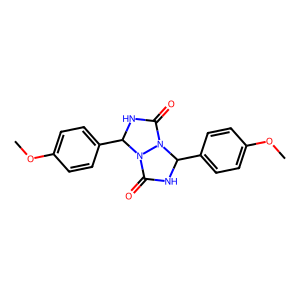
SMILES: COc1ccc(C2NC(=O)N3C(c4ccc(OC)cc4)NC(=O)N23)cc1
Inhibits HIV replication: No